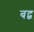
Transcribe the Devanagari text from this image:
बद्व